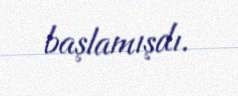
başlamışdı.